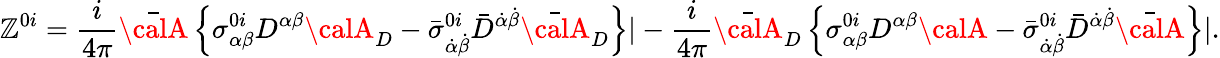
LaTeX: \mathbb{Z}^{0i}=\frac{{i}}{{4\pi}}{\bar{{\calA}}}\left\{ \sigma_{\alpha\beta}^{0i}D^{\alpha\beta}{\calA}_{D}-{\bar{{\sigma}}}_{\dot{{\alpha}}\dot{{\beta}}}^{0i}{\bar{{D}}}^{\dot{{\alpha}}\dot{{\beta}}}{\bar{{\calA}}}_{D}\right\} |-\frac{{i}}{{4\pi}}{\bar{{\calA}}}_{D}\left\{ \sigma_{\alpha\beta}^{0i}D^{\alpha\beta}{\calA}-{\bar{{\sigma}}}_{\dot{{\alpha}}\dot{{\beta}}}^{0i}{\bar{{D}}}^{\dot{{\alpha}}\dot{{\beta}}}{\bar{{\calA}}}\right\} |.